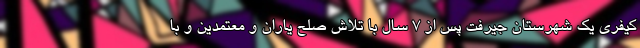
کیفری یک شهرستان جیرفت پس از ۷ سال با تلاش صلح یاران و معتمدین و با